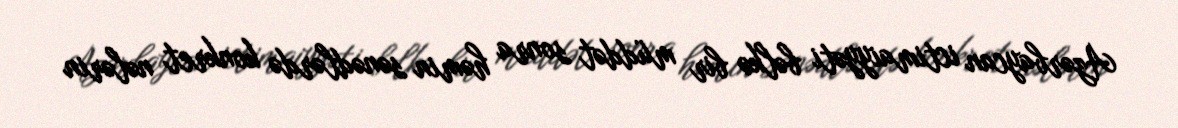
Azərbaycan ictimaiyyəti bəlkə bir müddət sonra həmin sənədlərdə konkret nələrin